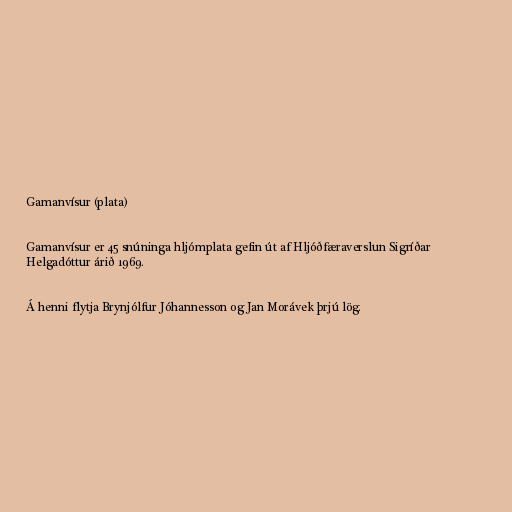
Gamanvísur (plata)

Gamanvísur er 45 snúninga hljómplata gefin út af Hljóðfæraverslun Sigríðar
Helgadóttur árið 1969.

Á henni flytja Brynjólfur Jóhannesson og Jan Morávek þrjú lög.